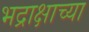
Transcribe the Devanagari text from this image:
भद्राक्षाच्या